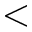
<